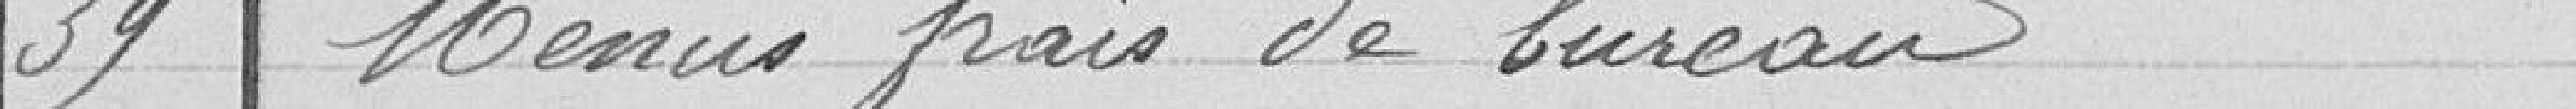
39 Menus frais de bureau